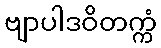
ဗျာပါဒဝိတက္ကံ